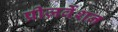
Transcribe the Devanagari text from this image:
प्रीज़र्वेशन